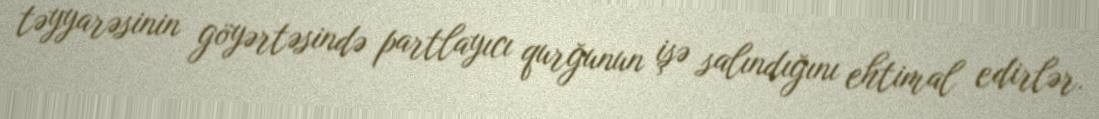
təyyarəsinin göyərtəsində partlayıcı qurğunun işə salındığını ehtimal edirlər.